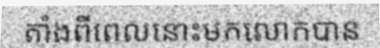
តាំងពីពេលនោះមកលោកបាន